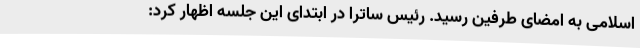
اسلامی به امضای طرفین رسید. رئیس ساترا در ابتدای این جلسه اظهار کرد: